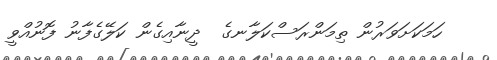
ހަމަކަށަވަރުން ތިމަންރަސްކަލާނގެ  ދީނާއިގެން ކަލޭގެފާނު ފޮނުއްވީ